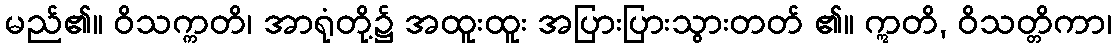
မည်၏။ ဝိသက္ကတိ၊ အာရုံတို့၌ အထူးထူး အပြားပြားသွားတတ် ၏။ ဣတိ, ဝိသတ္တိကာ၊